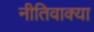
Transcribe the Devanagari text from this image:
नीतिवाक्या